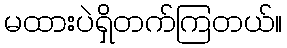
မထားပဲရှိတက်ကြတယ်။